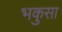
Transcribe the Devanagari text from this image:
भकुसा